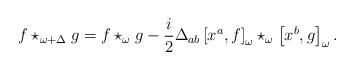
LaTeX: \begin{align*}f\star _{\omega +\Delta }g=f\star _{\omega }g-\frac{i}{2}\Delta _{ab}\left[x^{a},f\right] _{\omega }\star _{\omega }\left[ x^{b},g\right] _{\omega }.\end{align*}